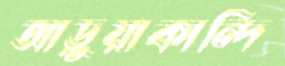
আড়ুয়াকান্দি